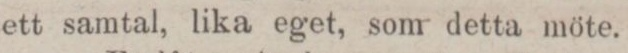
ett samtal, lika eget, som detta möte.